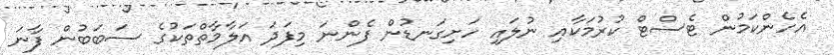
އެހެންކަމުން ޓެސްޓް ކުރުމަކާއި ނުލައި ހަށިގަނޑުން ފެންނަ މިފަދަ އަލާމާތްތަކުގެ ސަބަބުން ފާނަ